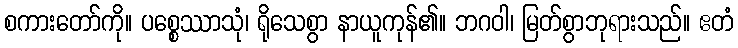
စကားတော်ကို။ ပစ္စေဿာသုံ၊ ရိုသေစွာ နာယူကုန်၏။ ဘဂဝါ၊ မြတ်စွာဘုရားသည်။ ဧတံ